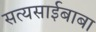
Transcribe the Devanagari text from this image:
सत्यसाईबाबा